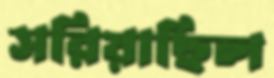
সরিয়াছিল